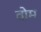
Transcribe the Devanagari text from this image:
वोम